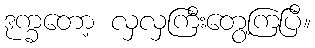
ဒုက္ခတော့ လှလှကြီးတွေ့ကြပြီ။